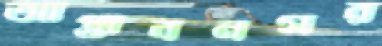
আপ্তাবনগর